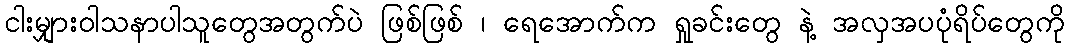
ငါးမျှားဝါသနာပါသူတွေအတွက်ပဲ ဖြစ်ဖြစ် ၊ ရေအောက်က ရှုခင်းတွေ နဲ့ အလှအပပုံရိပ်တွေကို